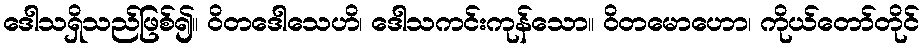
ဒေါသရှိသည်ဖြစ်၍။ ဝိတဒေါသေဟိ၊ ဒေါသကင်းကုန်သော။ ဝိတမောဟော၊ ကိုယ်တော်တိုင်